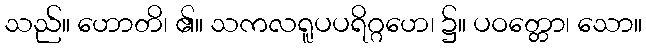
သည်။ ဟောတိ၊ ၏။ သကလရူပပရိဂ္ဂဟေ၊ ၌။ ပဝတ္တော၊ သော။